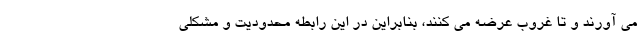
می آورند و تا غروب عرضه می کنند، بنابراین در این رابطه محدودیت و مشکلی